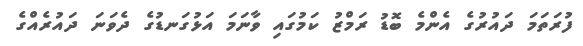
ފުރަތަމަ ދައުރުގެ އެންމެ ބޮޑު ރަމްޒު ކަމުގައި ވާނަމަ އަޅުގަނޑުގެ ދެވަނަ ދައުރެއްގެ